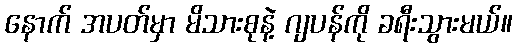
နောက် အပတ်မှာ မိသားစုနဲ့ ဂျပန်ကို ခရီးသွားမယ်။